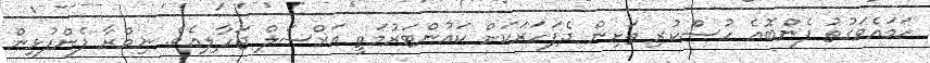
ހަމައެވަގުތު ފެންބޮއެ ހުސްކުރި ތަށިން ދެފަހަރަކަށް ކައުންޓަރުމަތީ އަރްސަލް ޖަހާލިއެވެ. ނިމްރާ ފެންފުޅިން